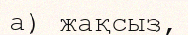
а) жақсыз,